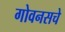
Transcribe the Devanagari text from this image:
गोवनसचे